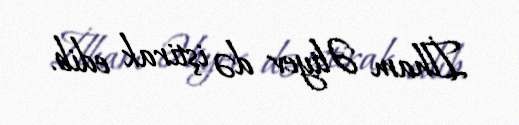
İlham Əliyev də iştirak edib.